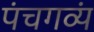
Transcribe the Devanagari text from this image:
पंचगव्यं